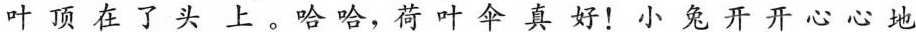
叶顶在了头上。哈哈，荷叶伞真好！小兔开开心心地